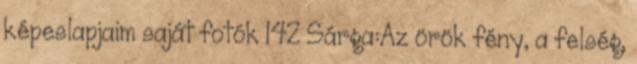
képeslapjaim saját fotók 142 Sárga:Az örök fény, a felség,